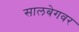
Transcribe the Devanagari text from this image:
सालबेगवर